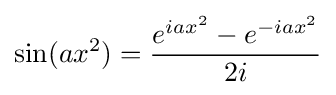
\sin(ax^{2})={\frac {e^{iax^{2}}-e^{-iax^{2}}}{2i}}